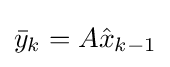
{\bar {y}}_{k}=A{\hat {x}}_{k-1}